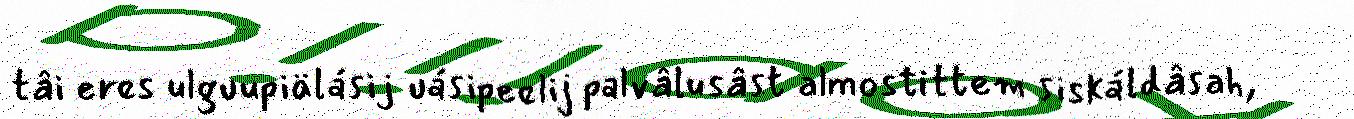
tâi eres ulguupiälásij uásipeelij palvâlusâst almostittem siskáldâsah,